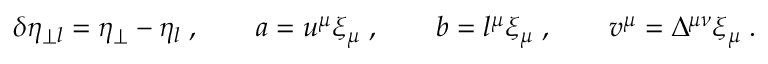
\delta \eta _ { \perp l } = \eta _ { \perp } - \eta _ { l } \; , \qquad a = u ^ { \mu } \xi _ { \mu } \; , \qquad b = l ^ { \mu } \xi _ { \mu } \; , \qquad v ^ { \mu } = \Delta ^ { \mu \nu } \xi _ { \mu } \; .